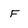
Character: F